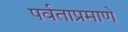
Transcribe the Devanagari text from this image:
पर्वताप्रमाणे